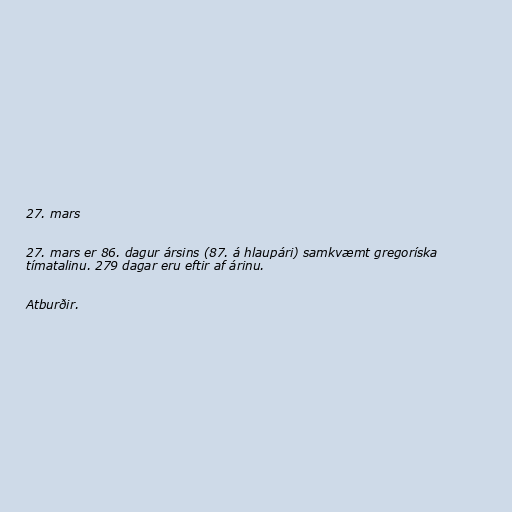
27. mars

27. mars er 86. dagur ársins (87. á hlaupári) samkvæmt gregoríska
tímatalinu. 279 dagar eru eftir af árinu.

Atburðir.